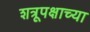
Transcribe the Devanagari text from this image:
शत्रूपक्षाच्या